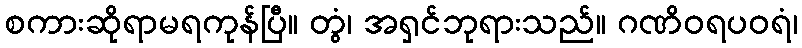
စကားဆိုရာမရကုန်ပြီ။ တွံ၊ အရှင်ဘုရားသည်။ ဂဏိဝရပဝရံ၊